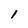
Character: 1